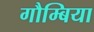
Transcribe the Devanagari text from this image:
गौम्बिया